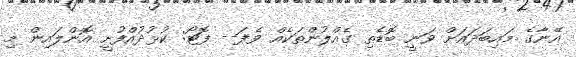
އޭނާގެ މައިބަދައަށް ވަނީ ބޮޑެތި ގެއްލުންތަކެއް ވެފަ-- ފޮޓޯ: ކުޅުދުއްފުށީ އޮންލައިން މި